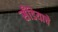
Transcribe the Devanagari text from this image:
सँडियाचे